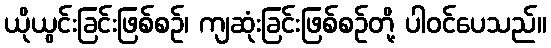
ယိုယွင်းခြင်းဖြစ်စဉ်၊ ကျဆုံးခြင်းဖြစ်စဉ်တို့ ပါဝင်ပေသည်။